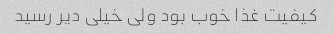
کیفیت غذا خوب بود ولی خیلی دیر رسید